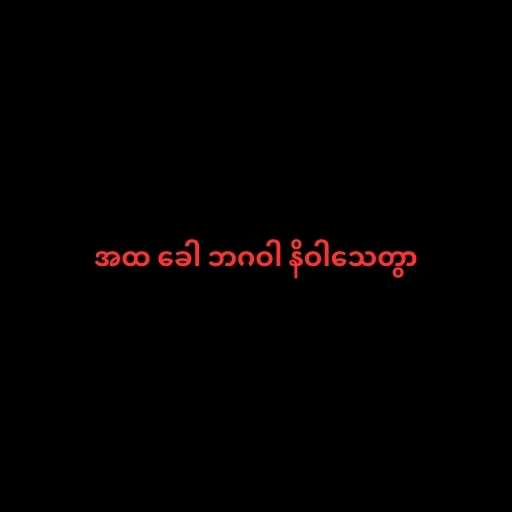
အထ ခေါ ဘဂဝါ နိဝါသေတွာ